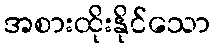
အစားထိုးနိုင်သော